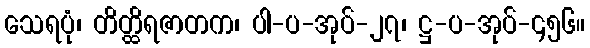
သေရပုံ၊ တိတ္ထိရဇာတက၊ ပါ-ပ-အုပ်-၂၇၊ ဋ္ဌ-ပ-အုပ်-၄၅၆။